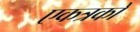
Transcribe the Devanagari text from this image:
एकत्रकों